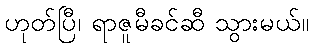
ဟုတ်ပြီ၊ ရာဇူမီခင်ဆီ သွားမယ်။